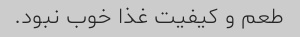
طعم و کیفیت غذا خوب نبود.